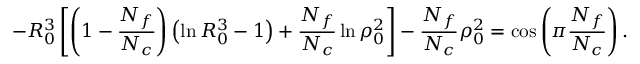
- R _ { 0 } ^ { 3 } \left[ \left( 1 - \frac { N _ { f } } { N _ { c } } \right) \left( \ln R _ { 0 } ^ { 3 } - 1 \right) + \frac { N _ { f } } { N _ { c } } \ln \rho _ { 0 } ^ { 2 } \right] - \frac { N _ { f } } { N _ { c } } \rho _ { 0 } ^ { 2 } = \cos \left( \pi \frac { N _ { f } } { N _ { c } } \right) .